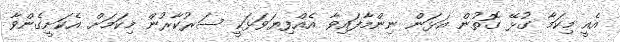
އެއީ މިކަމާ ގުޅޭ ގޮތުން އަޅަން ނިންމާފައިވާ އެއްފިޔަވަޅަކީ ސަރުކާރުން މިކަމަށް އެކަށީގެންވާ